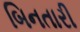
બિનતારી